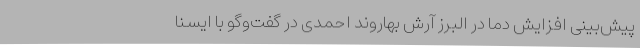
پیش‌بینی افزایش دما در البرز آرش بهاروند احمدی در گفت‌وگو با ایسنا